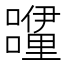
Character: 𮡝